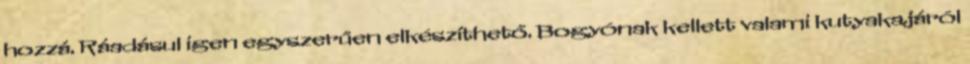
hozzá. Ráadásul igen egyszerűen elkészíthető. Bogyónak kellett valami kutyakajáról